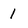
Character: 1